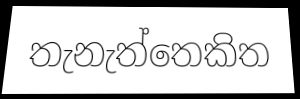
තැනැත්තෙකිත